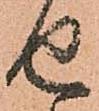
せ